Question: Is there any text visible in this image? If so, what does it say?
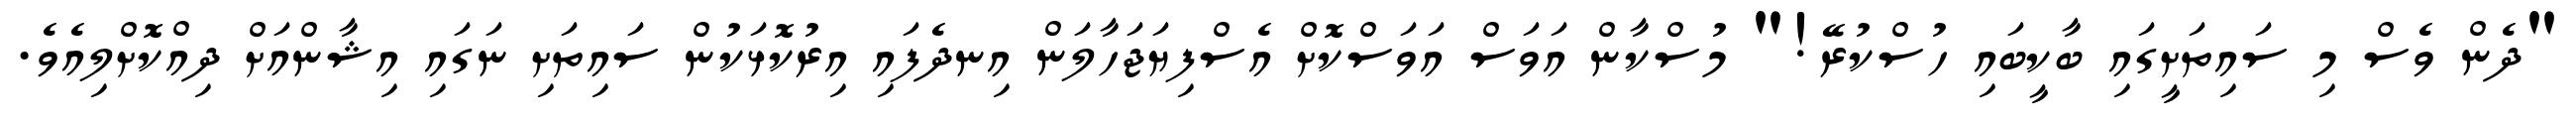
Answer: "ދެން ވެސް މި ސައިތަށީގައި ބާކީބައި ހުސްކުރޭ!" މުސްކާން އަވަސް އަވަސްކޮށް އެސްފިޔަޖަހާލަން އިނދެފައި އިރުކޮޅަކުން ސައިތަށި ނަގައި އިޝާންއަށް ދިއްކޮށްލިއެވެ.